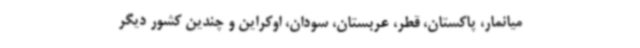
میانمار، پاکستان، قطر، عربستان، سودان، اوکراین و چندین کشور دیگر